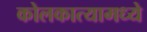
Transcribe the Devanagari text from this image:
कोलकात्यामध्ये